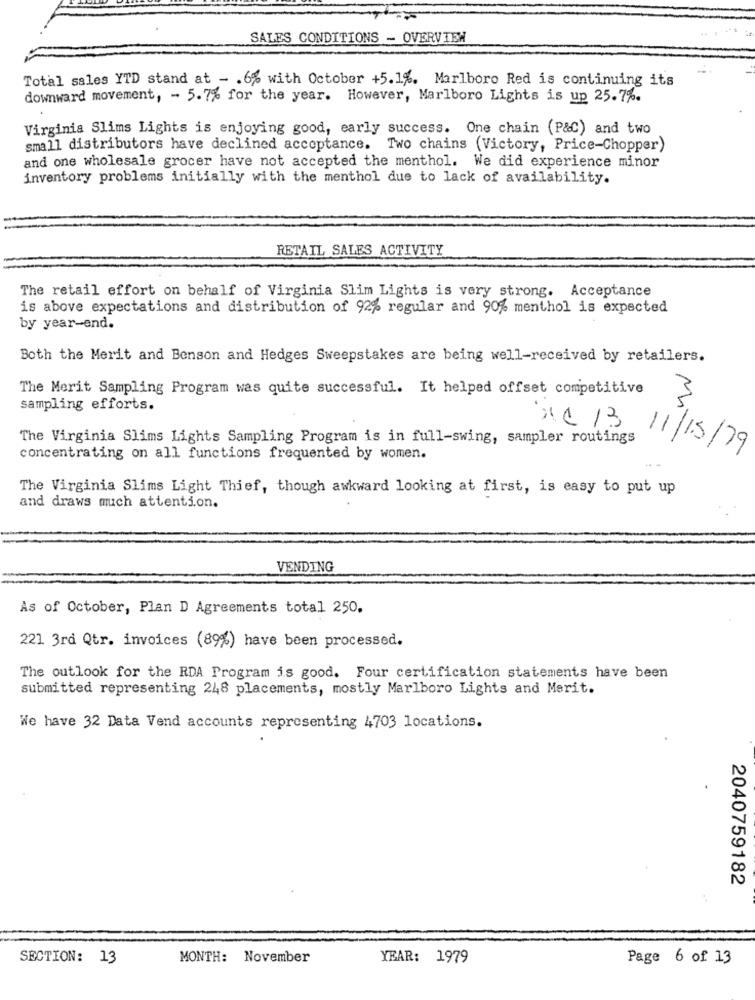
SALES CONDITIONS - OVERVIEW
Total sales YTD stand at - . 6% with October +5.1%. Marlboro Red is continuing its
downward movement, - 5.7% for the year. However, Marlboro Lights is up 25.7%.
Virginia Slims Lights is enjoying good, early success. One chain (P&C) and two
small distributors have declined acceptance. Two chains (Victory, Price-Chopper)
and one wholesale grocer have not accepted the menthol. We did experience minor
inventory problems initially with the menthol due to lack of availability.
RETAIL SALES ACTIVITY
The retail effort on behalf of Virginia Slim Lights is very strong. Acceptance
is above expectations and distribution of 92% regular and 90% menthol is expected
by year-end.
Both the Merit and Benson and Hedges Sweepstakes are being well-received by retailers.
The Merit Sampling Program was quite successful. It helped offset competitive
3
sampling efforts.
XC /3
The Virginia Slims Lights Sampling Program is in full-swing, sampler routings
11/15/79
concentrating on all functions frequented by women.
The Virginia Slims Light Thief, though awkward looking at first, is easy to put up
and draws much attention.
VENDING
As of October, Plan D Agreements total 250.
221 3rd Qtr. invoices (89%) have been processed.
The outlook for the RDA Program is good. Four certification statements have been
submitted representing 248 placements, mostly Marlboro Lights and Merit.
We have 32 Data Vend accounts representing 4703 locations.
2040759182
SECTION: 13
MONTH: November
YEAR: 1979
Page 6 of 13